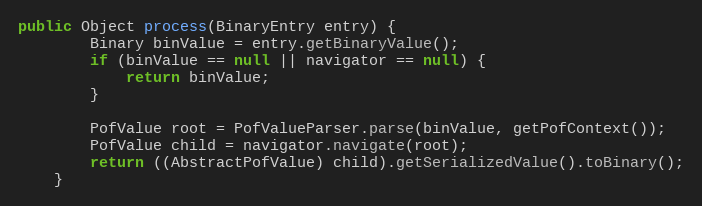
Language: Java
public Object process(BinaryEntry entry) {
        Binary binValue = entry.getBinaryValue();
        if (binValue == null || navigator == null) {
            return binValue;
        }

        PofValue root = PofValueParser.parse(binValue, getPofContext());
        PofValue child = navigator.navigate(root);
        return ((AbstractPofValue) child).getSerializedValue().toBinary();
    }